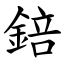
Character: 錇